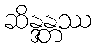
ဆိန္ဒန္တဿ